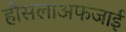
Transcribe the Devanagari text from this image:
हौसलाअफजाई